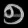
Digit: ၅